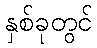
နှစ်ခုတွင်